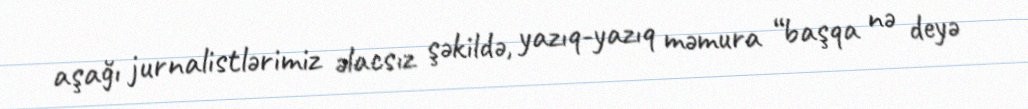
aşağı jurnalistlərimiz əlacsız şəkildə, yazıq-yazıq məmura “başqa nə deyə